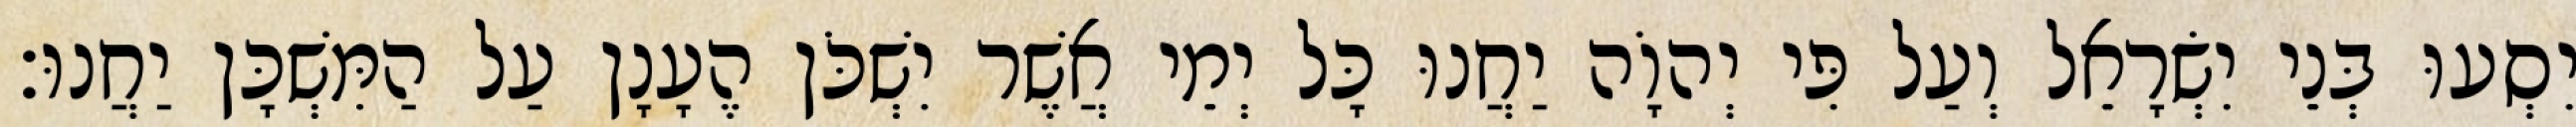
יִסְעוּ בְּנֵי יִשְׂרָאֵל וְעַל פִּי יְהוָֹה יַחֲנוּ כָּל יְמֵי אֲשֶׁר יִשְׁכֹּן הֶעָנָן עַל הַמִּשְׁכָּן יַחֲנוּ׃